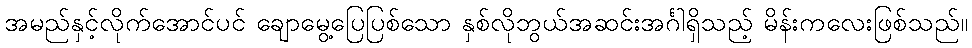
အမည်နှင့်လိုက်အောင်ပင် ချောမွေ့ပြေပြစ်သော နှစ်လိုဘွယ်အဆင်းအင်္ဂါရှိသည့် မိန်းကလေးဖြစ်သည်။